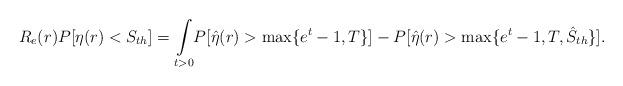
LaTeX: \begin{align*}R_e(r)P[\eta(r)<S_{th}]=\underset{t>0}\int P[\hat{\eta}(r)>\max\{e^t-1,T\}]-P[\hat{\eta}(r)>\max\{e^t-1,T,\hat{S}_{th}\}] . \end{align*}